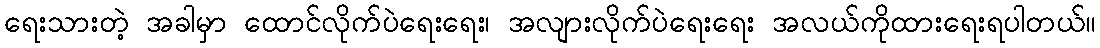
ရေးသားတဲ့ အခါမှာ ထောင်လိုက်ပဲရေးရေး၊ အလျားလိုက်ပဲရေးရေး အလယ်ကိုထားရေးရပါတယ်။